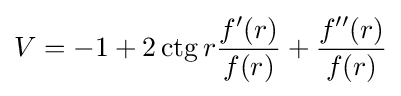
V=-1+2\operatorname {ctg} r{\frac {f^{\prime }(r)}{f(r)}}+{\frac {f^{\prime \prime }(r)}{f(r)}}